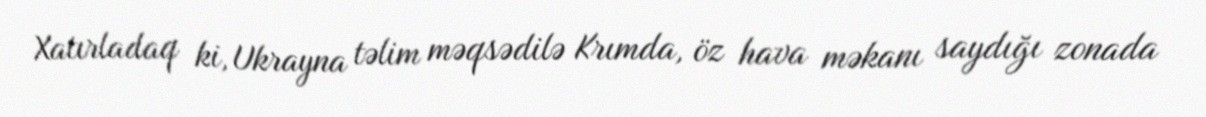
Xatırladaq ki, Ukrayna təlim məqsədilə Krımda, öz hava məkanı saydığı zonada